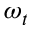
\omega _ { t }